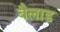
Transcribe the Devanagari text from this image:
बैलाड